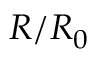
R / R _ { 0 }